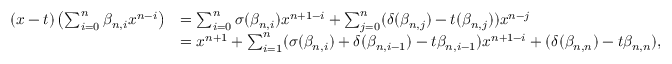
\begin{array} { r l } { ( x - t ) \left( \sum _ { i = 0 } ^ { n } \beta _ { n , i } x ^ { n - i } \right) } & { = \sum _ { i = 0 } ^ { n } \sigma ( \beta _ { n , i } ) x ^ { n + 1 - i } + \sum _ { j = 0 } ^ { n } ( \delta ( \beta _ { n , j } ) - t ( \beta _ { n , j } ) ) x ^ { n - j } } \\ & { = x ^ { n + 1 } + \sum _ { i = 1 } ^ { n } ( \sigma ( \beta _ { n , i } ) + \delta ( \beta _ { n , i - 1 } ) - t \beta _ { n , i - 1 } ) x ^ { n + 1 - i } + ( \delta ( \beta _ { n , n } ) - t \beta _ { n , n } ) , } \end{array}